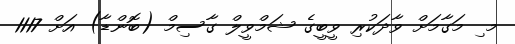
މ ި މަގާމަށް ވާދަކުރި ވީބީގެ ޝަމްވީލް ގާސިމް (ބޮންޑާ) އަށް 1117